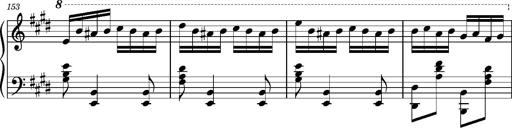
Title: Ungarischer Romanzero
Composer: Franz Liszt